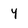
Character: y